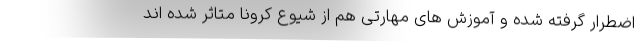
اضطرار گرفته شده و آموزش های مهارتی هم از شیوع کرونا متاثر شده اند